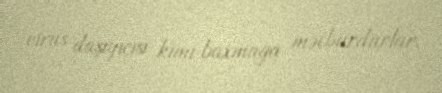
virus daşıyıcısı kimi baxmağa məcburdurlar.